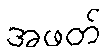
အဖတ်